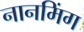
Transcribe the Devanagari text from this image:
नानमिंग